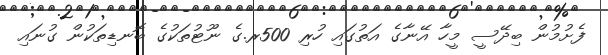
ފެށުމުން ބިދޭސީ މީހާ އޭނާގެ އަތުގައި ހުރި 500ރ.ގެ ނޫޓުތަކުގެ ބޮނޑިތަކުން ގުނައި